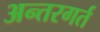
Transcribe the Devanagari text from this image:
अन्तरगर्त